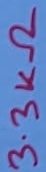
Text: 3.3KΩ